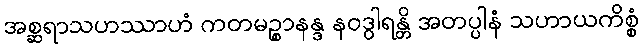
အစ္ဆရာသဟဿာဟံ ကတမဉ္စာနန္ဒ နဝဒွါရန္တိ အတပ္ပါနံ သဟာယကိစ္စံ